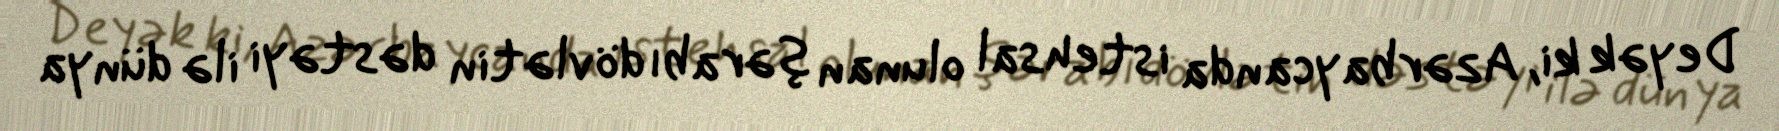
Deyək ki, Azərbaycanda istehsal olunan şərabı dövlətin dəstəyi ilə dünya